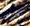
مرة